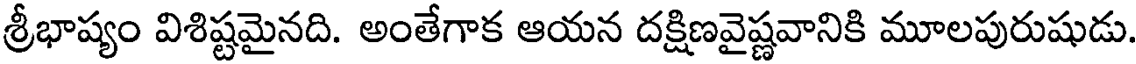
శ్రీభాష్యం విశిష్టమైనది. అంతేగాక ఆయన దక్షిణవైష్ణవానికి మూలపురుషుడు